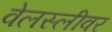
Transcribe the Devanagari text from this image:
वेलस्लीवर